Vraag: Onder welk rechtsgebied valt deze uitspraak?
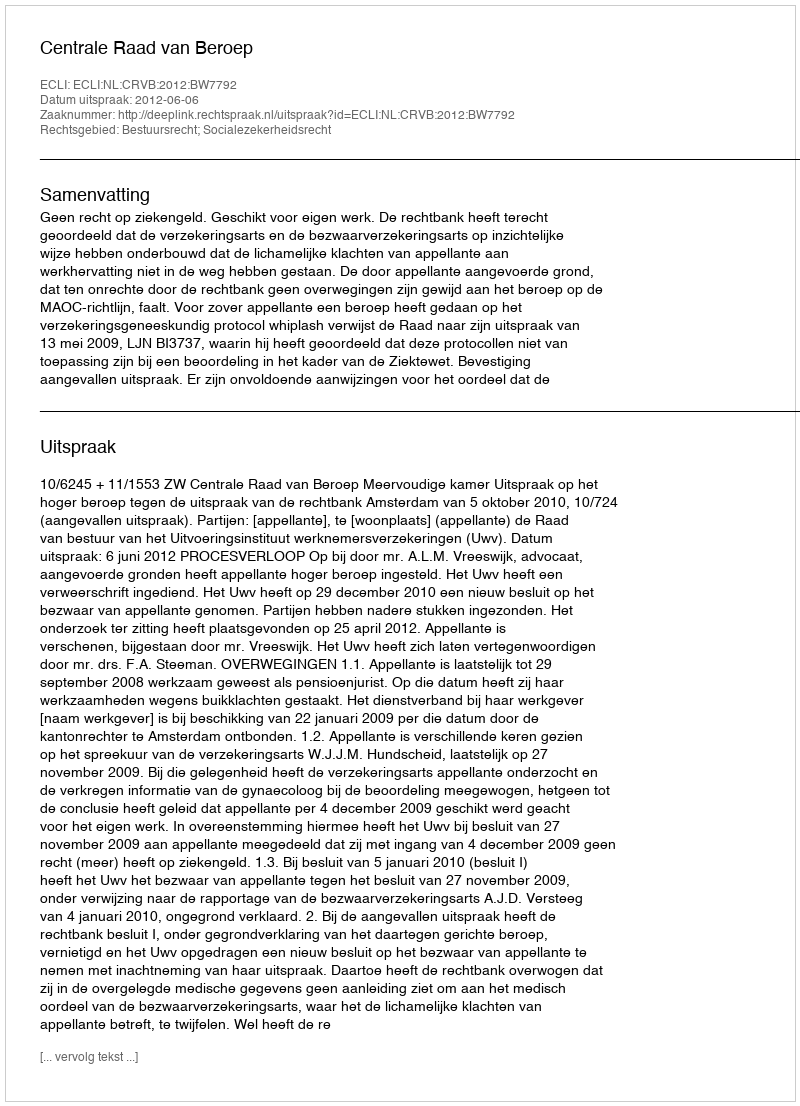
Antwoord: Bestuursrecht; Socialezekerheidsrecht